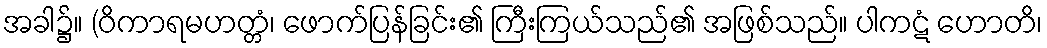
အခါ၌။ (ဝိကာရမဟတ္တံ၊ ဖောက်ပြန်ခြင်း၏ ကြီးကြယ်သည်၏ အဖြစ်သည်။ ပါကဋံ ဟောတိ၊